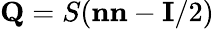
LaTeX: \textbf{Q}=S(\textbf{n}\textbf{n}-\textbf{I}/2)